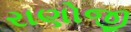
રાણોજી